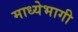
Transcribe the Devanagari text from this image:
माध्येभागी